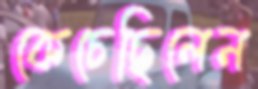
কেচেছিলেন